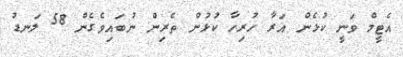
އެޓީމް ވަނީ ކުޅެން އަރާ ހުރިހާ ކުޅުން ތެރިން ނުބައިވެގެން 58 ލަނޑު